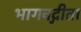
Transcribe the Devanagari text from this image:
भागवद्गीता